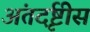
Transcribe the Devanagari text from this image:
अंतर्दृष्टीस